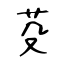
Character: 芟